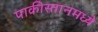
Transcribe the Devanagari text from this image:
पाकीस्तानमध्ये